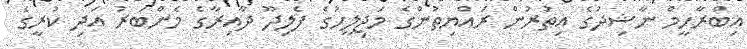
އިބްރާހީމް ނާޝިދުގެ އިތުރުން ރައްޔިތުންގެ މަޖިލީހުގެ ފެލިދޫ ދާއިރާގެ މެންބަރު އަދި ކުރީގެ